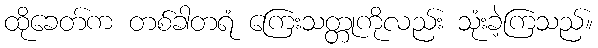
ထိုခေတ်က တစ်ခါတရံ ကြေးသတ္တုကိုလည်း သုံးခဲ့ကြသည်။